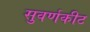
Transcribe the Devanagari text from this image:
सुवर्णकीट